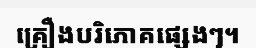
គ្រឿងបរិភោគផ្សេងៗ។